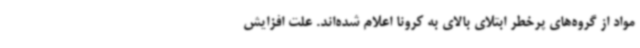
مواد از گروه‌های پرخطر ابتلای بالای به کرونا اعلام شده‌اند. علت افزایش